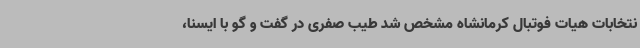
نتخابات هیات فوتبال کرمانشاه مشخص شد طیب صفری در گفت و گو با ایسنا،